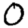
Digit: 0